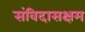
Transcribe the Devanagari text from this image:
संविदासक्षम